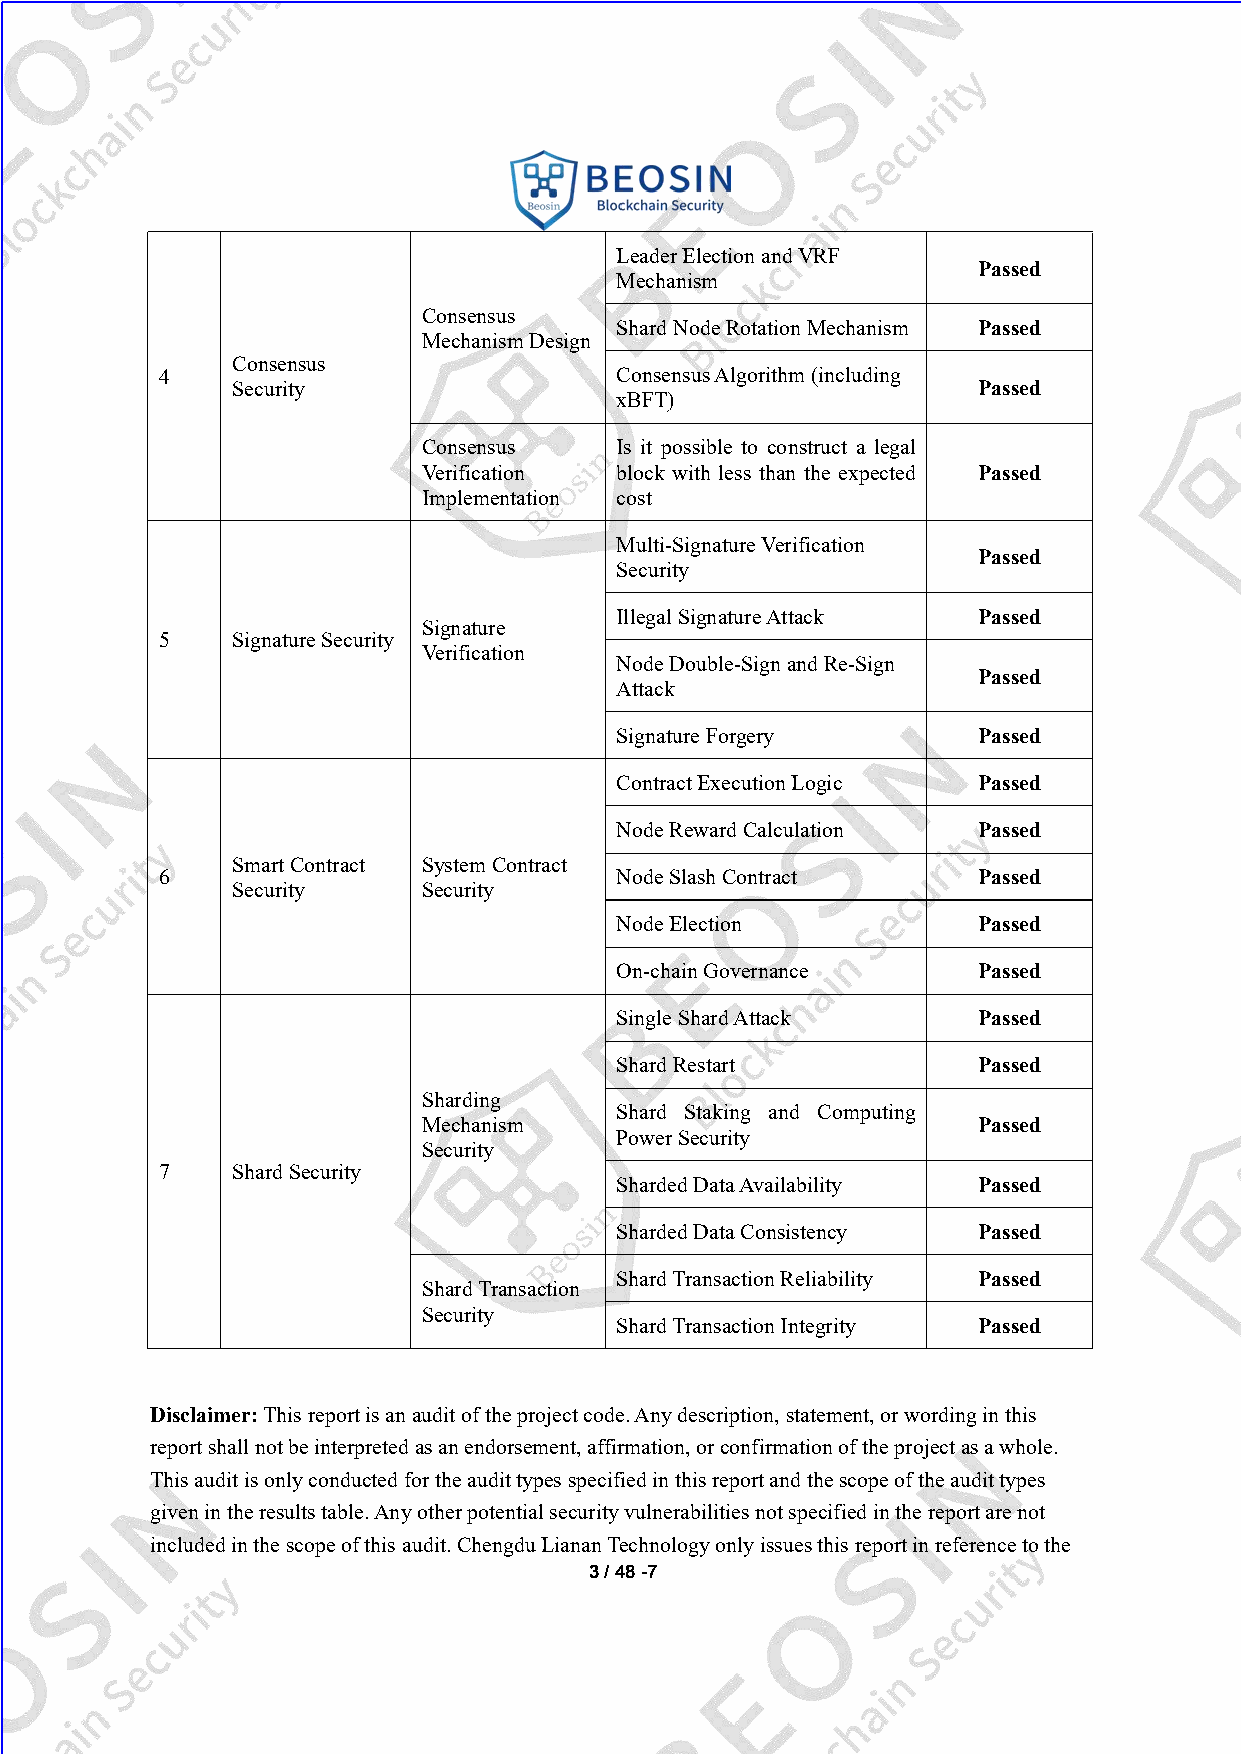
LeaderElectionandVRF
 Passed
 Mechanism
 Consensus
 ShardNodeRotationMechanism Passed
 MechanismDesign
 Consensus
 4                             ConsensusAlgorithm(including
 Security                                          Passed
 xBFT)
 Consensus    Is it possible to construct a legal
 Verification block with less than the expected Passed
 Implementation cost
 Multi-SignatureVerification
 Passed
 Security
 IllegalSignatureAttack  Passed
 Signature
 5   SignatureSecurity
 Verification
 NodeDouble-SignandRe-Sign
 Passed
 Attack
 SignatureForgery        Passed
 ContractExecutionLogic  Passed
 NodeRewardCalculation   Passed
 SmartContract SystemContract
 6                             NodeSlashContract       Passed
 Security     Security
 NodeElection            Passed
 On-chainGovernance      Passed
 SingleShardAttack       Passed
 ShardRestart            Passed
 Sharding
 Shard Staking and Computing
 Mechanism                            Passed
 PowerSecurity
 Security
 7   ShardSecurity
 ShardedDataAvailability Passed
 ShardedDataConsistency  Passed
 ShardTransactionReliability Passed
 ShardTransaction
 Security
 ShardTransactionIntegrity Passed
 Disclaimer:Thisreportisanauditoftheprojectcode.Anydescription,statement,orwordinginthis
 reportshallnotbeinterpretedasanendorsement,affirmation,orconfirmationoftheprojectasawhole.
 Thisauditisonlyconductedfortheaudittypesspecifiedinthisreportandthescopeoftheaudittypes
 givenintheresultstable.Anyotherpotentialsecurityvulnerabilitiesnotspecifiedinthereportarenot
 includedinthescopeofthisaudit.ChengduLiananTechnologyonlyissuesthisreportinreferencetothe
 3/48-7